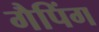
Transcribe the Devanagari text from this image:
गैपिंग